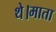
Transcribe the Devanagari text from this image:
थे।माता